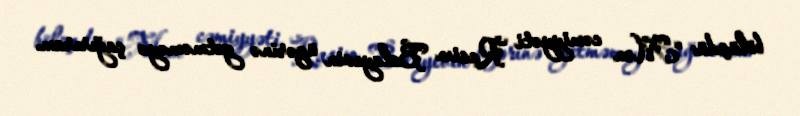
bölüşdü: “Mən cəmiyyəti Rasim Balayevin üzərinə getməməyə çağırıram.